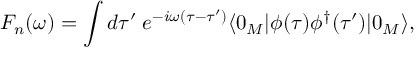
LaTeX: { \cal F } _ { n } ( \omega ) = \int d \tau ^ { \prime } \; e ^ { - i \omega ( \tau - \tau ^ { \prime } ) } \langle 0 _ { M } | \phi ( \tau ) \phi ^ { \dagger } ( \tau ^ { \prime } ) | 0 _ { M } \rangle ,